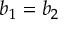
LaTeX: b _ { 1 } = b _ { 2 }